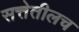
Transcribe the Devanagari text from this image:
सत्तेतीलच